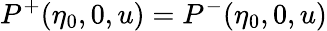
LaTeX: P^{+}(\eta_{0},0,u)=P^{-}(\eta_{0},0,u)